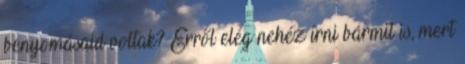
benyomásaid voltak? Erről elég nehéz írni bármit is, mert